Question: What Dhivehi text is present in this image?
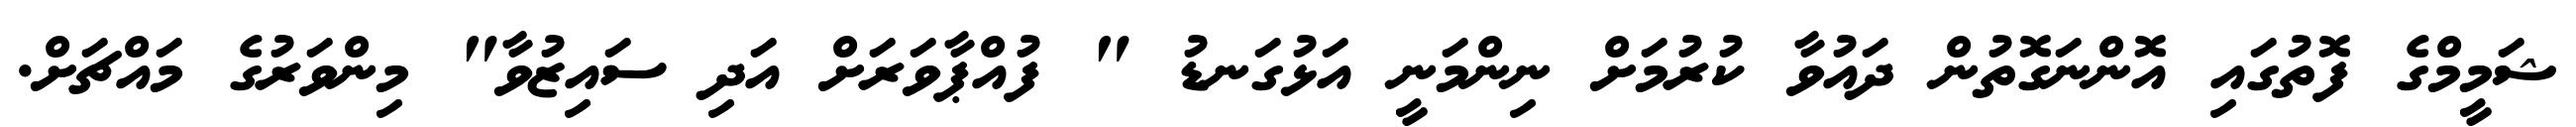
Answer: ޝަމީމްގެ ފޮތުގައި އޮންނަގޮތުން ދައުވާ ކުރުމަށް ނިންމަނީ އަޅުގަނޑު " ފުއްޕާވަރަށް އަދި ސައިޒުވާ" މިންވަރުގެ މައްޗަށް.